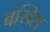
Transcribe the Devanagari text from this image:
बख्शि